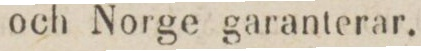
och Norge garanterar.